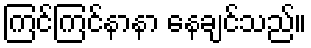
ကြင်ကြင်နာနာ နေချင်သည်။